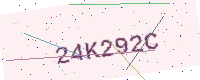
Text: 24K292C